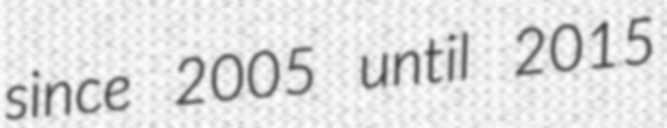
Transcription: since 2005 until 2015